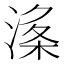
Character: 𱧘